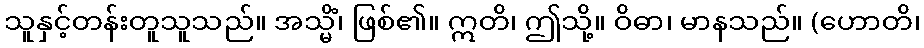
သူနှင့်တန်းတူသူသည်။ အသ္မိံ၊ ဖြစ်၏။ ဣတိ၊ ဤသို့။ ဝိဓာ၊ မာနသည်။ (ဟောတိ၊